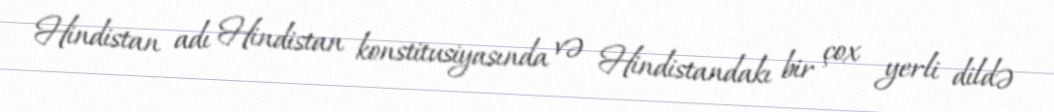
Hindistan adı Hindistan konstitusiyasında və Hindistandakı bir çox yerli dildə